Lunatic asylums Central Provinces reports 1895-1909 - 1895-1909
Year: 1895
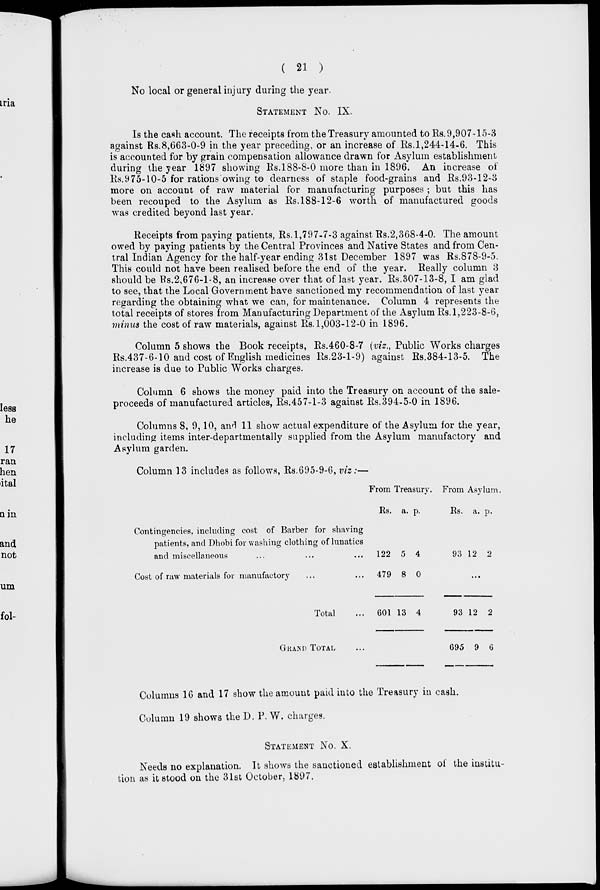
( 21 )
No local or general injury during the year.
STATEMENT No. IX.
Is the cash account. The receipts from the Treasury amounted to Rs. 9,907-15-3
against Rs.8,663-0-9 in the year preceding, or an increase of Rs.1,244-14-6. This
is accounted for by grain compensation allowance drawn for Asylum establishment
during the year 1897 showing Rs.188-8-0 more than in 1896. An increase of
Rs.975-10-5 for rations owing to dearness of staple food-grains and Rs.93-12-3
more on account of raw material for manufacturing purposes ; but this has
been recouped to the Asylum as Rs.188-12-6 worth of manufactured goods
was credited beyond last year.
Receipts from paying patients, Rs. 1,797-7-3 against Rs.2,368-4-0, The amount
owed by paying patients by the Central Provinces and Native States and from Cen-
tral Indian Agency for the half-year ending 31st December 1897 was Rs.878-9-5.
This could not have been realised before the end of the year. Really column 3
should be Rs.2,676-1-8, an increase over that of last year. Rs.307-13-8, I am glad
to see, that the Local Government have sanctioned my recommendation of last year
regarding the obtaining what we can, for maintenance. Column 4 represents the
total receipts of stores from Manufacturing Department of the Asylum Rs. 1,223-8-6,
minus the cost of raw materials, against Rs. 1,003-12-0 in 1896.
Column 5 shows the Book receipts, Rs.460-8-7 (viz., Public Works charges
Rs.437-6-10 and cost of English medicines Rs.23-1-9) against Rs.384-13-5. The
increase is due to Public Works charges.
Column 6 shows the money paid into the Treasury on account of the sale-
proceeds of manufactured articles, Rs.457-1-3 against Rs.394-5-0 in 1896.
Columns 8, 9,10, and 11 show actual expenditure of the Asylum for the year,
including items inter-departmentally supplied from the Asylum manufactory and
Asylum garden.
Column 13 includes as follows, Rs.695-9-6, viz:—
Contingencies, including cost of Barber for shaving
patients, and Dhobi for washing clothing of lunatics
and miscellaneous ... ... ...
Cost of raw materials for manufactory ... ...
Total ...
GRAND TOTAL ...
From Treasury.
Rs.
122
479
601
a.
5
8
13
p.
4
0
4
From Asylum.
Rs.
93
a.
12
p.
2
...
93
695
12
9
2
6
Columns 16 and 17 show the amount paid into the Treasury in cash.
Column 19 shows the D. P. W. charges.
STATEMENT No. X.
Needs no explanation. It shows the sanctioned establishment of the institu-
tion as it stood on the 31st October, 1897.